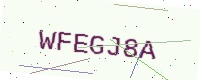
Text: WFEGJ8A